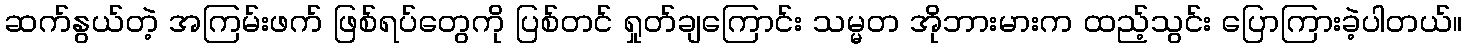
ဆက်နွယ်တဲ့ အကြမ်းဖက် ဖြစ်ရပ်တွေကို ပြစ်တင် ရှုတ်ချကြောင်း သမ္မတ အိုဘားမားက ထည့်သွင်း ပြောကြားခဲ့ပါတယ်။